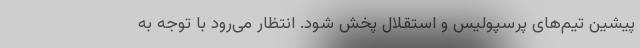
پیشین تیم‌های پرسپولیس و استقلال پخش شود. انتظار می‌رود با توجه به